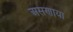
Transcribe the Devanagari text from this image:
असणाया